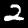
Digit: 2